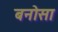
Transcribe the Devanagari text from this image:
बनोसा